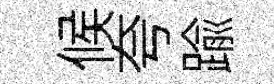
候夸踰